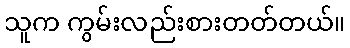
သူက ကွမ်းလည်းစားတတ်တယ်။